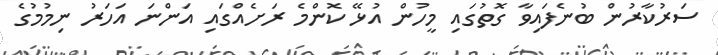
ސަރުކާރުން ބުނެފައިވާ ގޮތުގައި މީހުން އުޅޭ ކޮންމެ ރަށެއްގައި އަންނަ އަހަރު ނިމުމުގެ